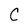
Character: C